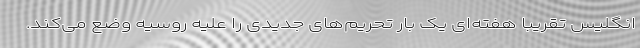
انگلیس تقریبا هفته‌ای یک بار تحریم‌های جدیدی را علیه روسیه وضع می‌کند.